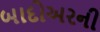
બાદોઅરની